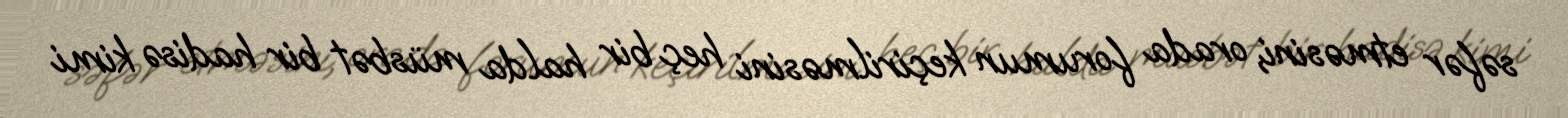
səfər etməsini, orada forumun keçirilməsini heç bir halda müsbət bir hadisə kimi